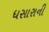
ધસારાની